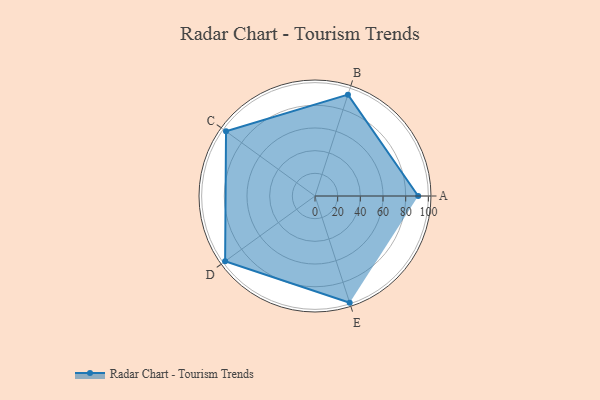
{"axis": {"x": "Skill", "y": "Score"}, "legend": ["Profile"], "data": [{"x": "A", "y": 91.0, "type": "Profile"}, {"x": "B", "y": 94.0, "type": "Profile"}, {"x": "C", "y": 97.0, "type": "Profile"}, {"x": "D", "y": 98.0, "type": "Profile"}, {"x": "E", "y": 99, "type": "Profile"}]}